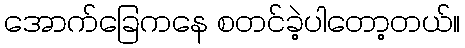
အောက်ခြေကနေ စတင်ခဲ့ပါတော့တယ်။